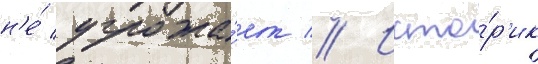
н'е́ угрожа́ет // Исто́р'ик